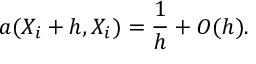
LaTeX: a ( X \sb i + h , X \sb i ) = { \frac { 1 } { h } } + O ( h ) .